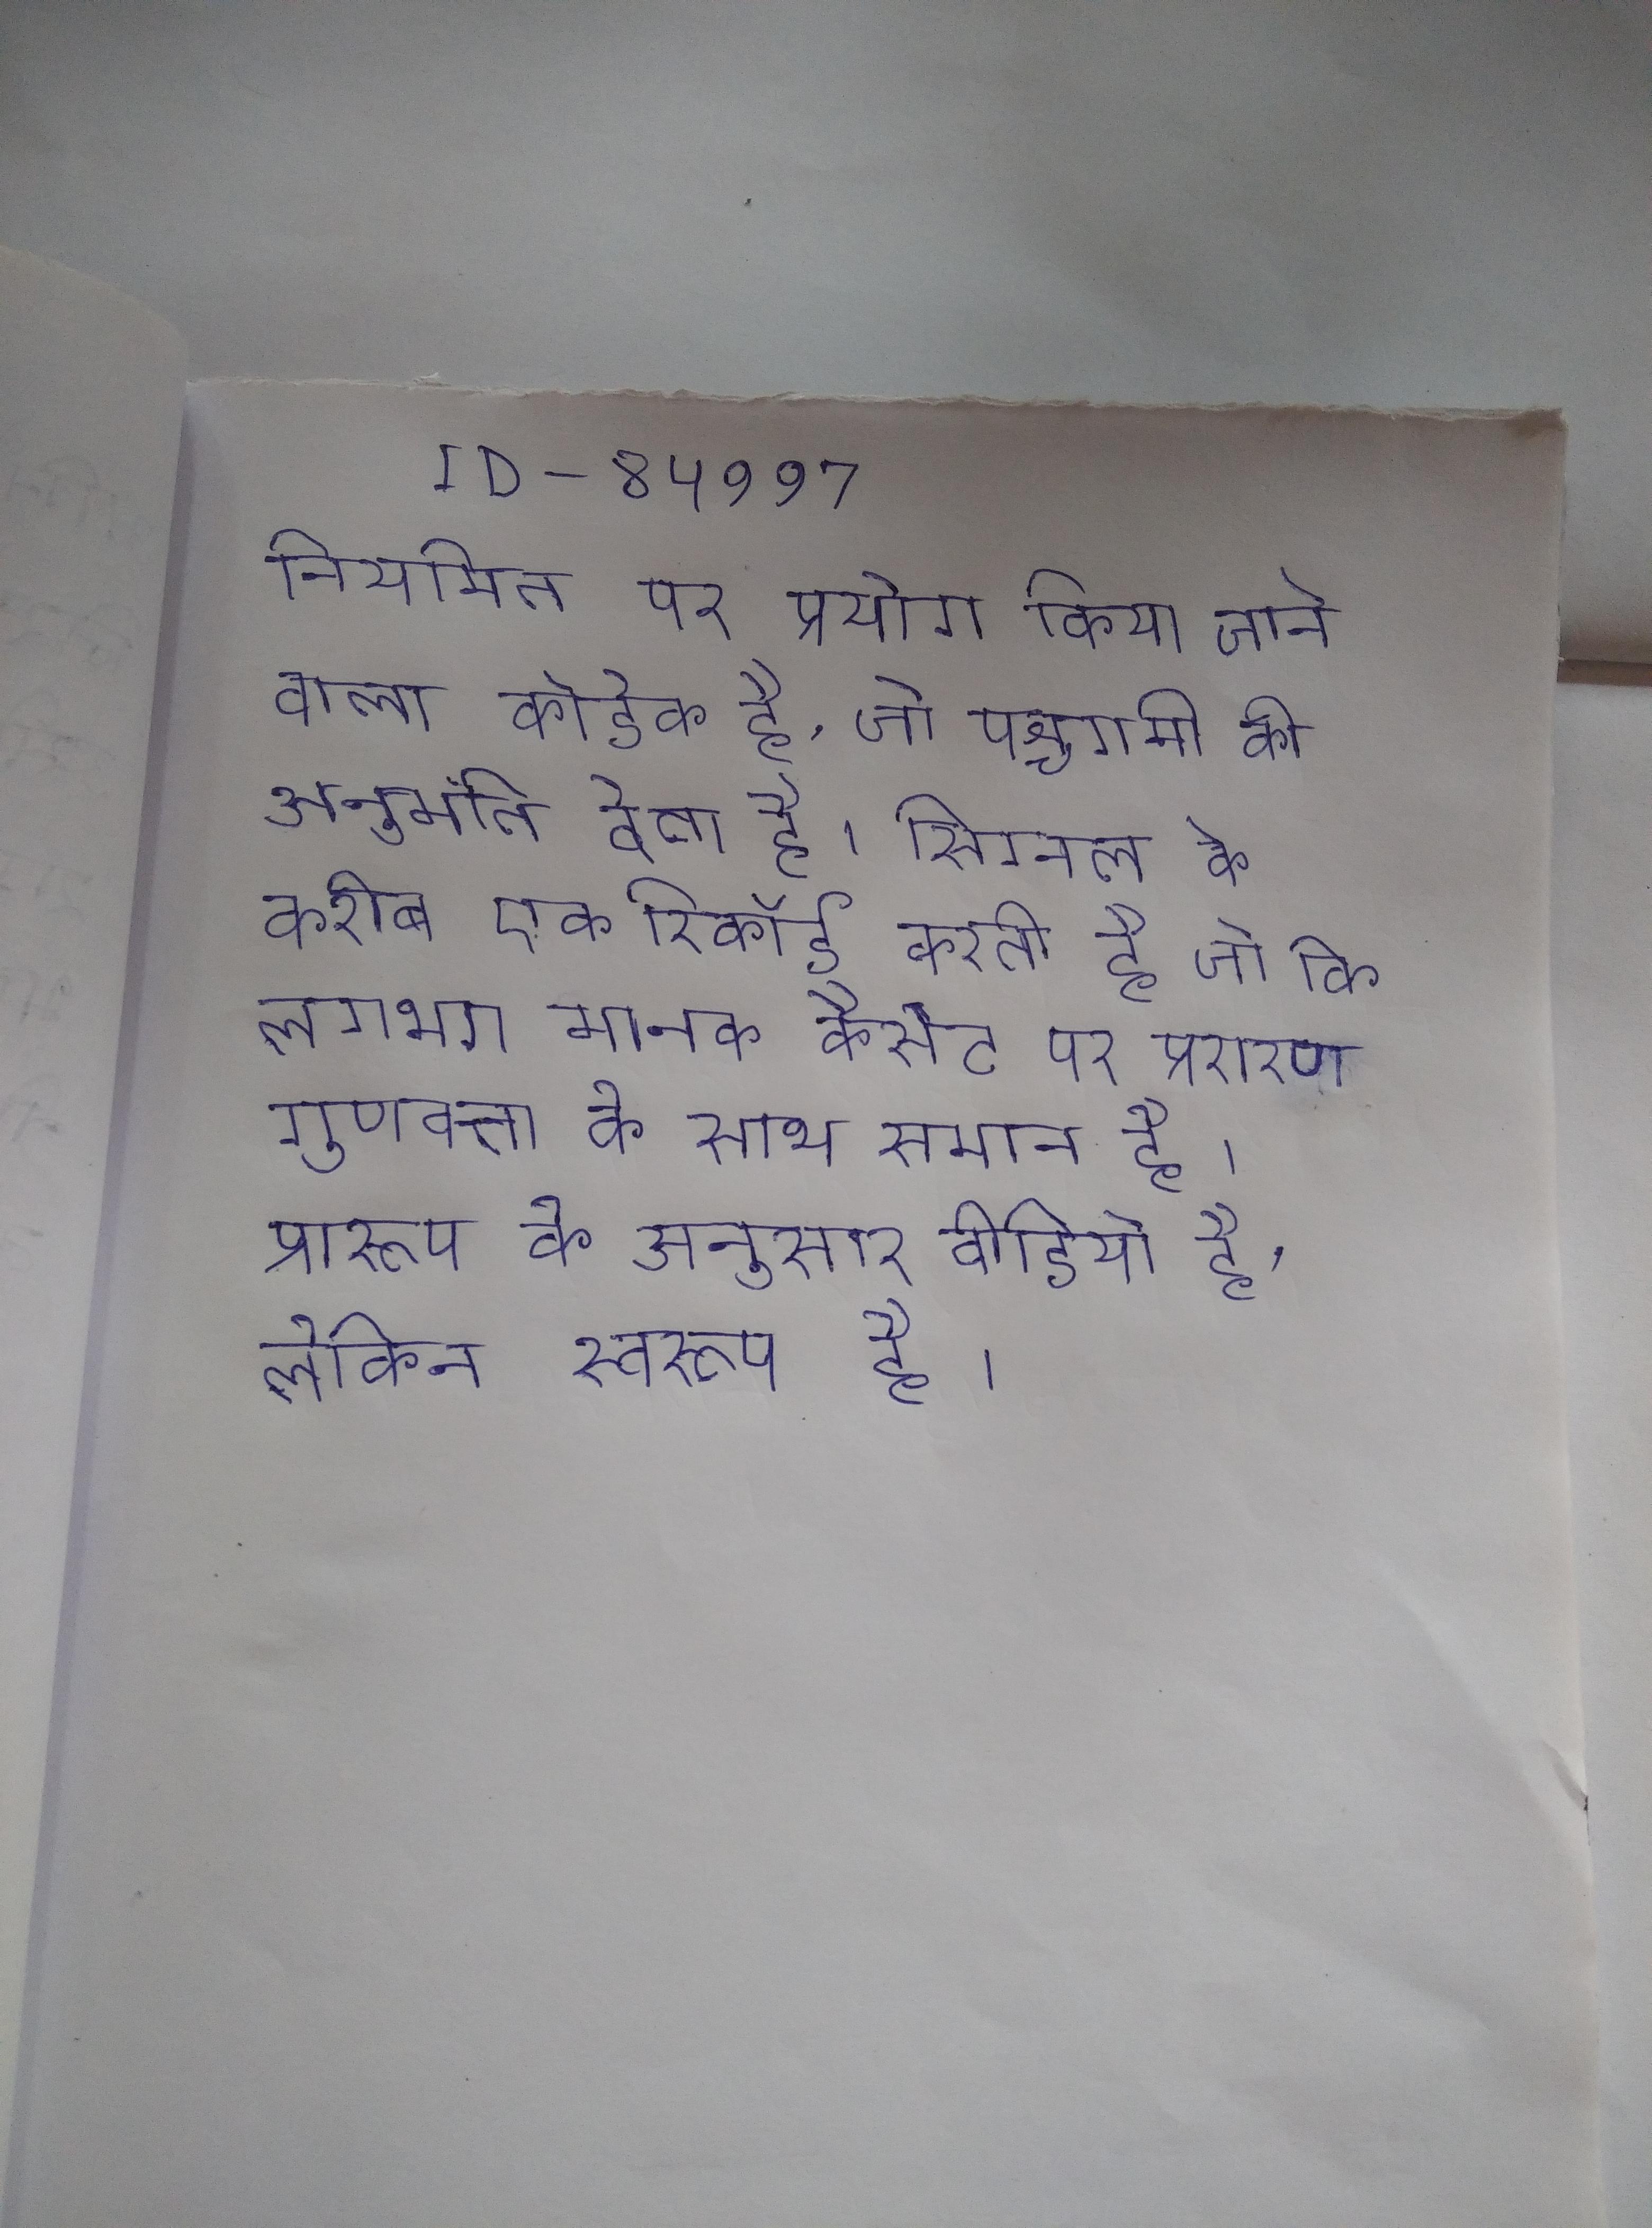
नियमित पर प्रयोग किया जाने वाला कोडेक है, जो पश्चगामी की अनुमति देता है । सिग्नल के करीब एक रिकॉर्ड करती है जो कि लगभग मानक कैसेट पर प्रसारण गुणवत्ता के साथ समान है । प्रारूप के अनुसार वीडियो है, लेकिन स्वरूप है ।